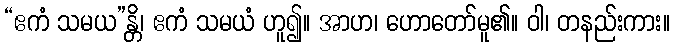
“ဧကံ သမယ”န္တိ၊ ဧကံ သမယံ ဟူ၍။ အာဟ၊ ဟောတော်မူ၏။ ဝါ၊ တနည်းကား။